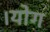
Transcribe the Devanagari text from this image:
।योग